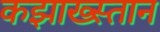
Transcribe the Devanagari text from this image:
कझाख्स्तान